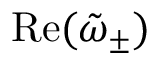
\operatorname { R e } ( \tilde { \omega } _ { \pm } )